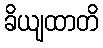
ခိယျထာတိ